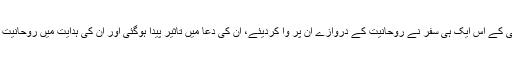
وارفتگی کے اس ایک ہی سفر نے روحانیت کے دروازے ان پر وا کردیئے، ان کی دعا میں تاثیر پیدا ہوگئی اور ان کی ہدایت میں روحانیت در آئی۔